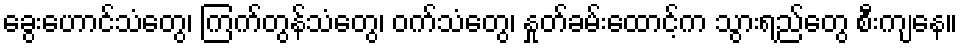
ခွေးဟောင်သံတွေ၊ ကြက်တွန်သံတွေ၊ ဝက်သံတွေ၊ နှုတ်ခမ်းထောင့်က သွားရည်တွေ စီးကျနေ။